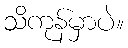
သိကုန်မှာပဲ။